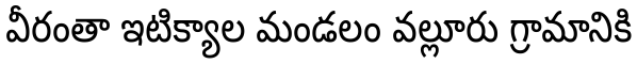
వీరంతా ఇటిక్యాల మండలం వల్లూరు గ్రామానికి